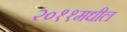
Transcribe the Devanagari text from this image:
२०११मधील